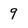
Character: 9